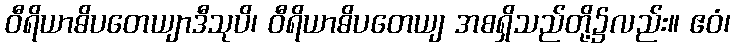
ဝီရိယာဓိပတေယျာဒီသုပိ၊ ဝီရိယာဓိပတေယျ အစရှိသည်တို့၌လည်း။ ဧဝံ၊